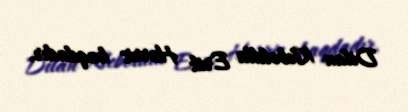
Dilan Kleboldla Erik Harris haqdadır.